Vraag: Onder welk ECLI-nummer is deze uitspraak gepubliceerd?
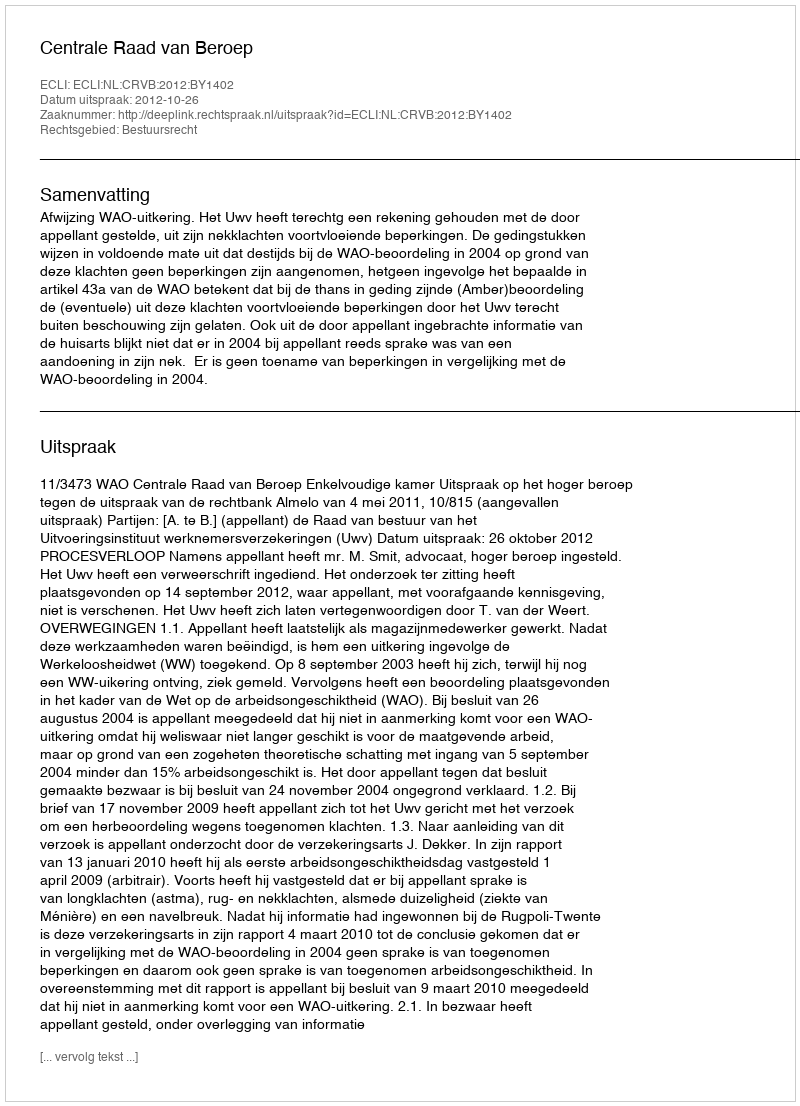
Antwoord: ECLI:NL:CRVB:2012:BY1402